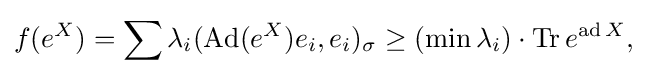
\displaystyle {f(e^{X})=\sum \lambda _{i}(\mathrm {Ad} (e^{X})e_{i},e_{i})_{\sigma }\geq (\min \lambda _{i})\cdot \mathrm {Tr} \,e^{\mathrm {ad} \,X},}